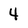
Character: 4